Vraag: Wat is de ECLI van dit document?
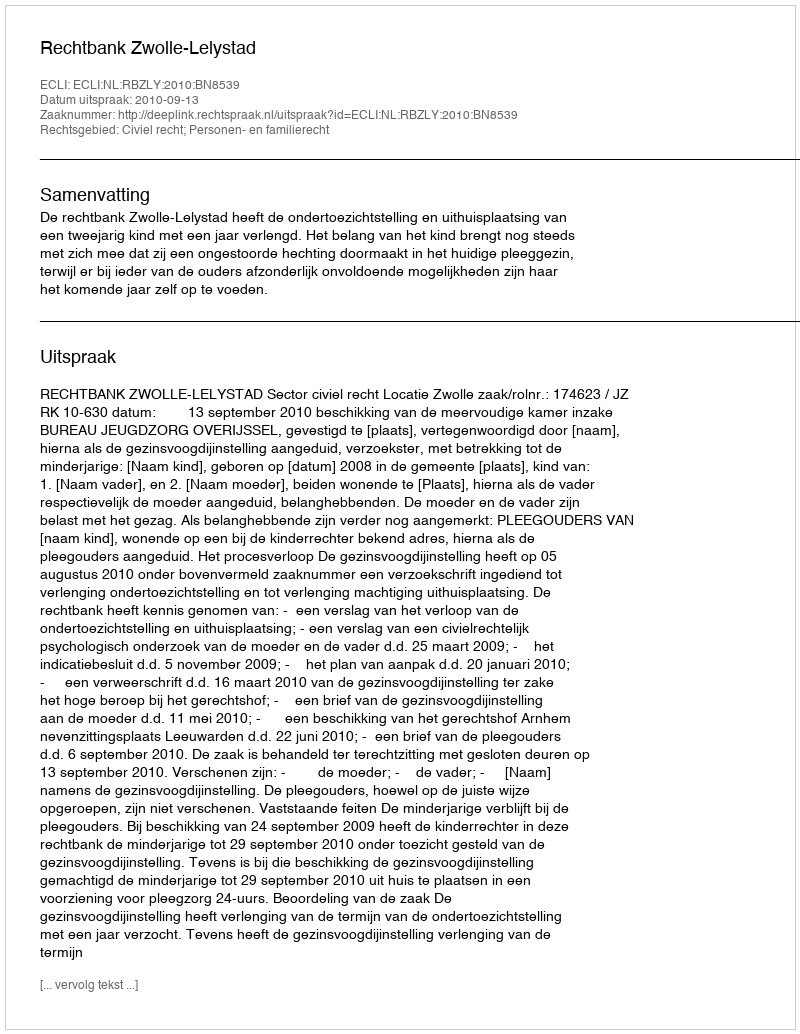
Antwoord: ECLI:NL:RBZLY:2010:BN8539